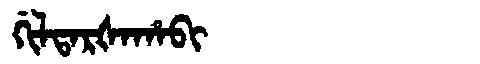
Manchu: ᡤᡳᠯᡨᠠᡵᡧᠠᡥᠠᠪᡳ
Romanization: GILTARŠAHABI